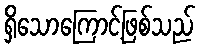
ရှိသောကြောင့်ဖြစ်သည်